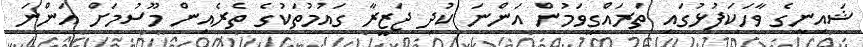
ޝައިނީގެ ވާހަކަފުޅުގައި ތަރައްގީވަމުން އަންނަ ކުދި ޖަޒީރާ ގައުމުތަކުގެ ތެރެއިން މޫސުމަށް އަންނަ